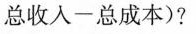
总收入-总成本)?